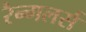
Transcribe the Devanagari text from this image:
रैन्गलर्स